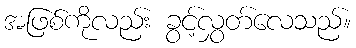
အဖြစ်ကိုလည်း ခွင့်လွှတ်လေသည်။